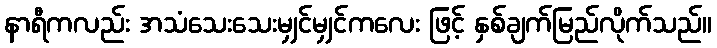
နာရီကလည်း အသံသေးသေးမျှင်မျှင်ကလေး ဖြင့် နှစ်ချက်မြည်လိုက်သည်။